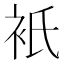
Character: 衹